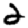
Digit: 2